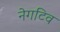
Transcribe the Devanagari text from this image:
नेगटिव